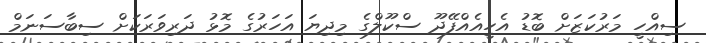
ސިއްހީ މަރުކަޒަށް ބޮޑު އެހީއެއްފޭދޫ ސްކޫލްގެ މިދިޔަ އަހަރުގެ މޮޅު ދަރިވަރަކަށް ސިބާސަނަމް